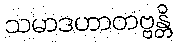
သမာဒဟာတဗ္ဗန္တိ